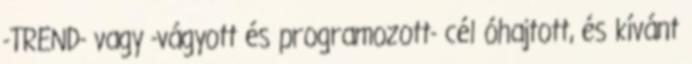
-TREND- vagy -vágyott és programozott- cél óhajtott, és kívánt